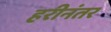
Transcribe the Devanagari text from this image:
हरीनंतर